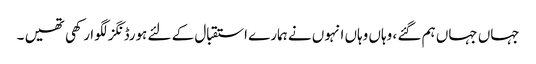
جہاں جہاں ہم گئے ، وہاں وہاں انہوں نے ہمارے استقبال کے لئے ہورڈنگز لگوا رکھی تھیں ۔